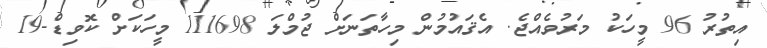
އިތުރު 96 މީހަކު މަރުވެއްޖެ. އެޤައުމުން މިހާތަނަށް ޖުމްލަ 111698 މީހަކަށް ކޮވިޑް-19